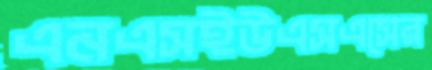
এনএসইউএসএসের